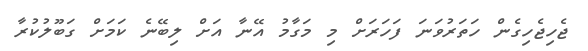
ޖެހިޖެހިގެން ހަތަރުވަނަ ފަހަރަށް މި މަގާމު އޭނާ އަށް ލިބޭނެ ކަމަށް ގަބޫލުކުރާ